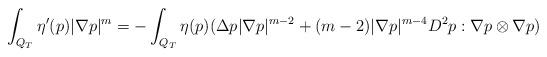
LaTeX: \begin{align*}\int_{Q_T} \eta'(p) |\nabla p|^m=-\int_{Q_T}\eta(p)(\Delta p|\nabla p|^{m-2}+(m-2)|\nabla p|^{m-4} D^2p:\nabla p\otimes \nabla p)\end{align*}